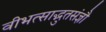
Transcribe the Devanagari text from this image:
वीभत्साद्भुतसंज्ञौ